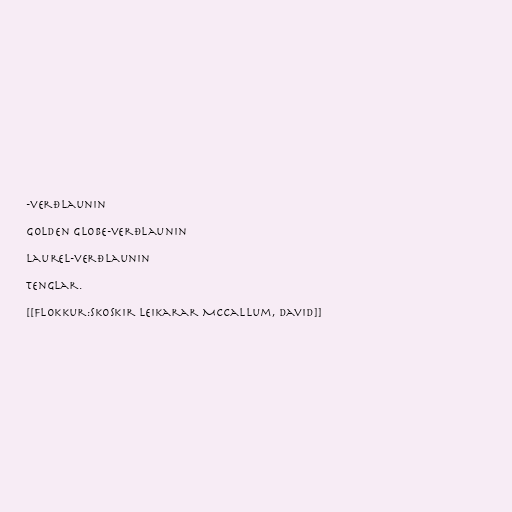
-verðlaunin

Golden Globe-verðlaunin

Laurel-verðlaunin

Tenglar.

[[Flokkur:Skoskir leikarar McCallum, David]]